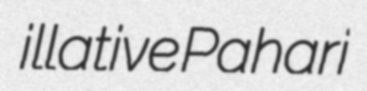
illative Pahari